Leningradi_Edasi_toimetus, lk 70
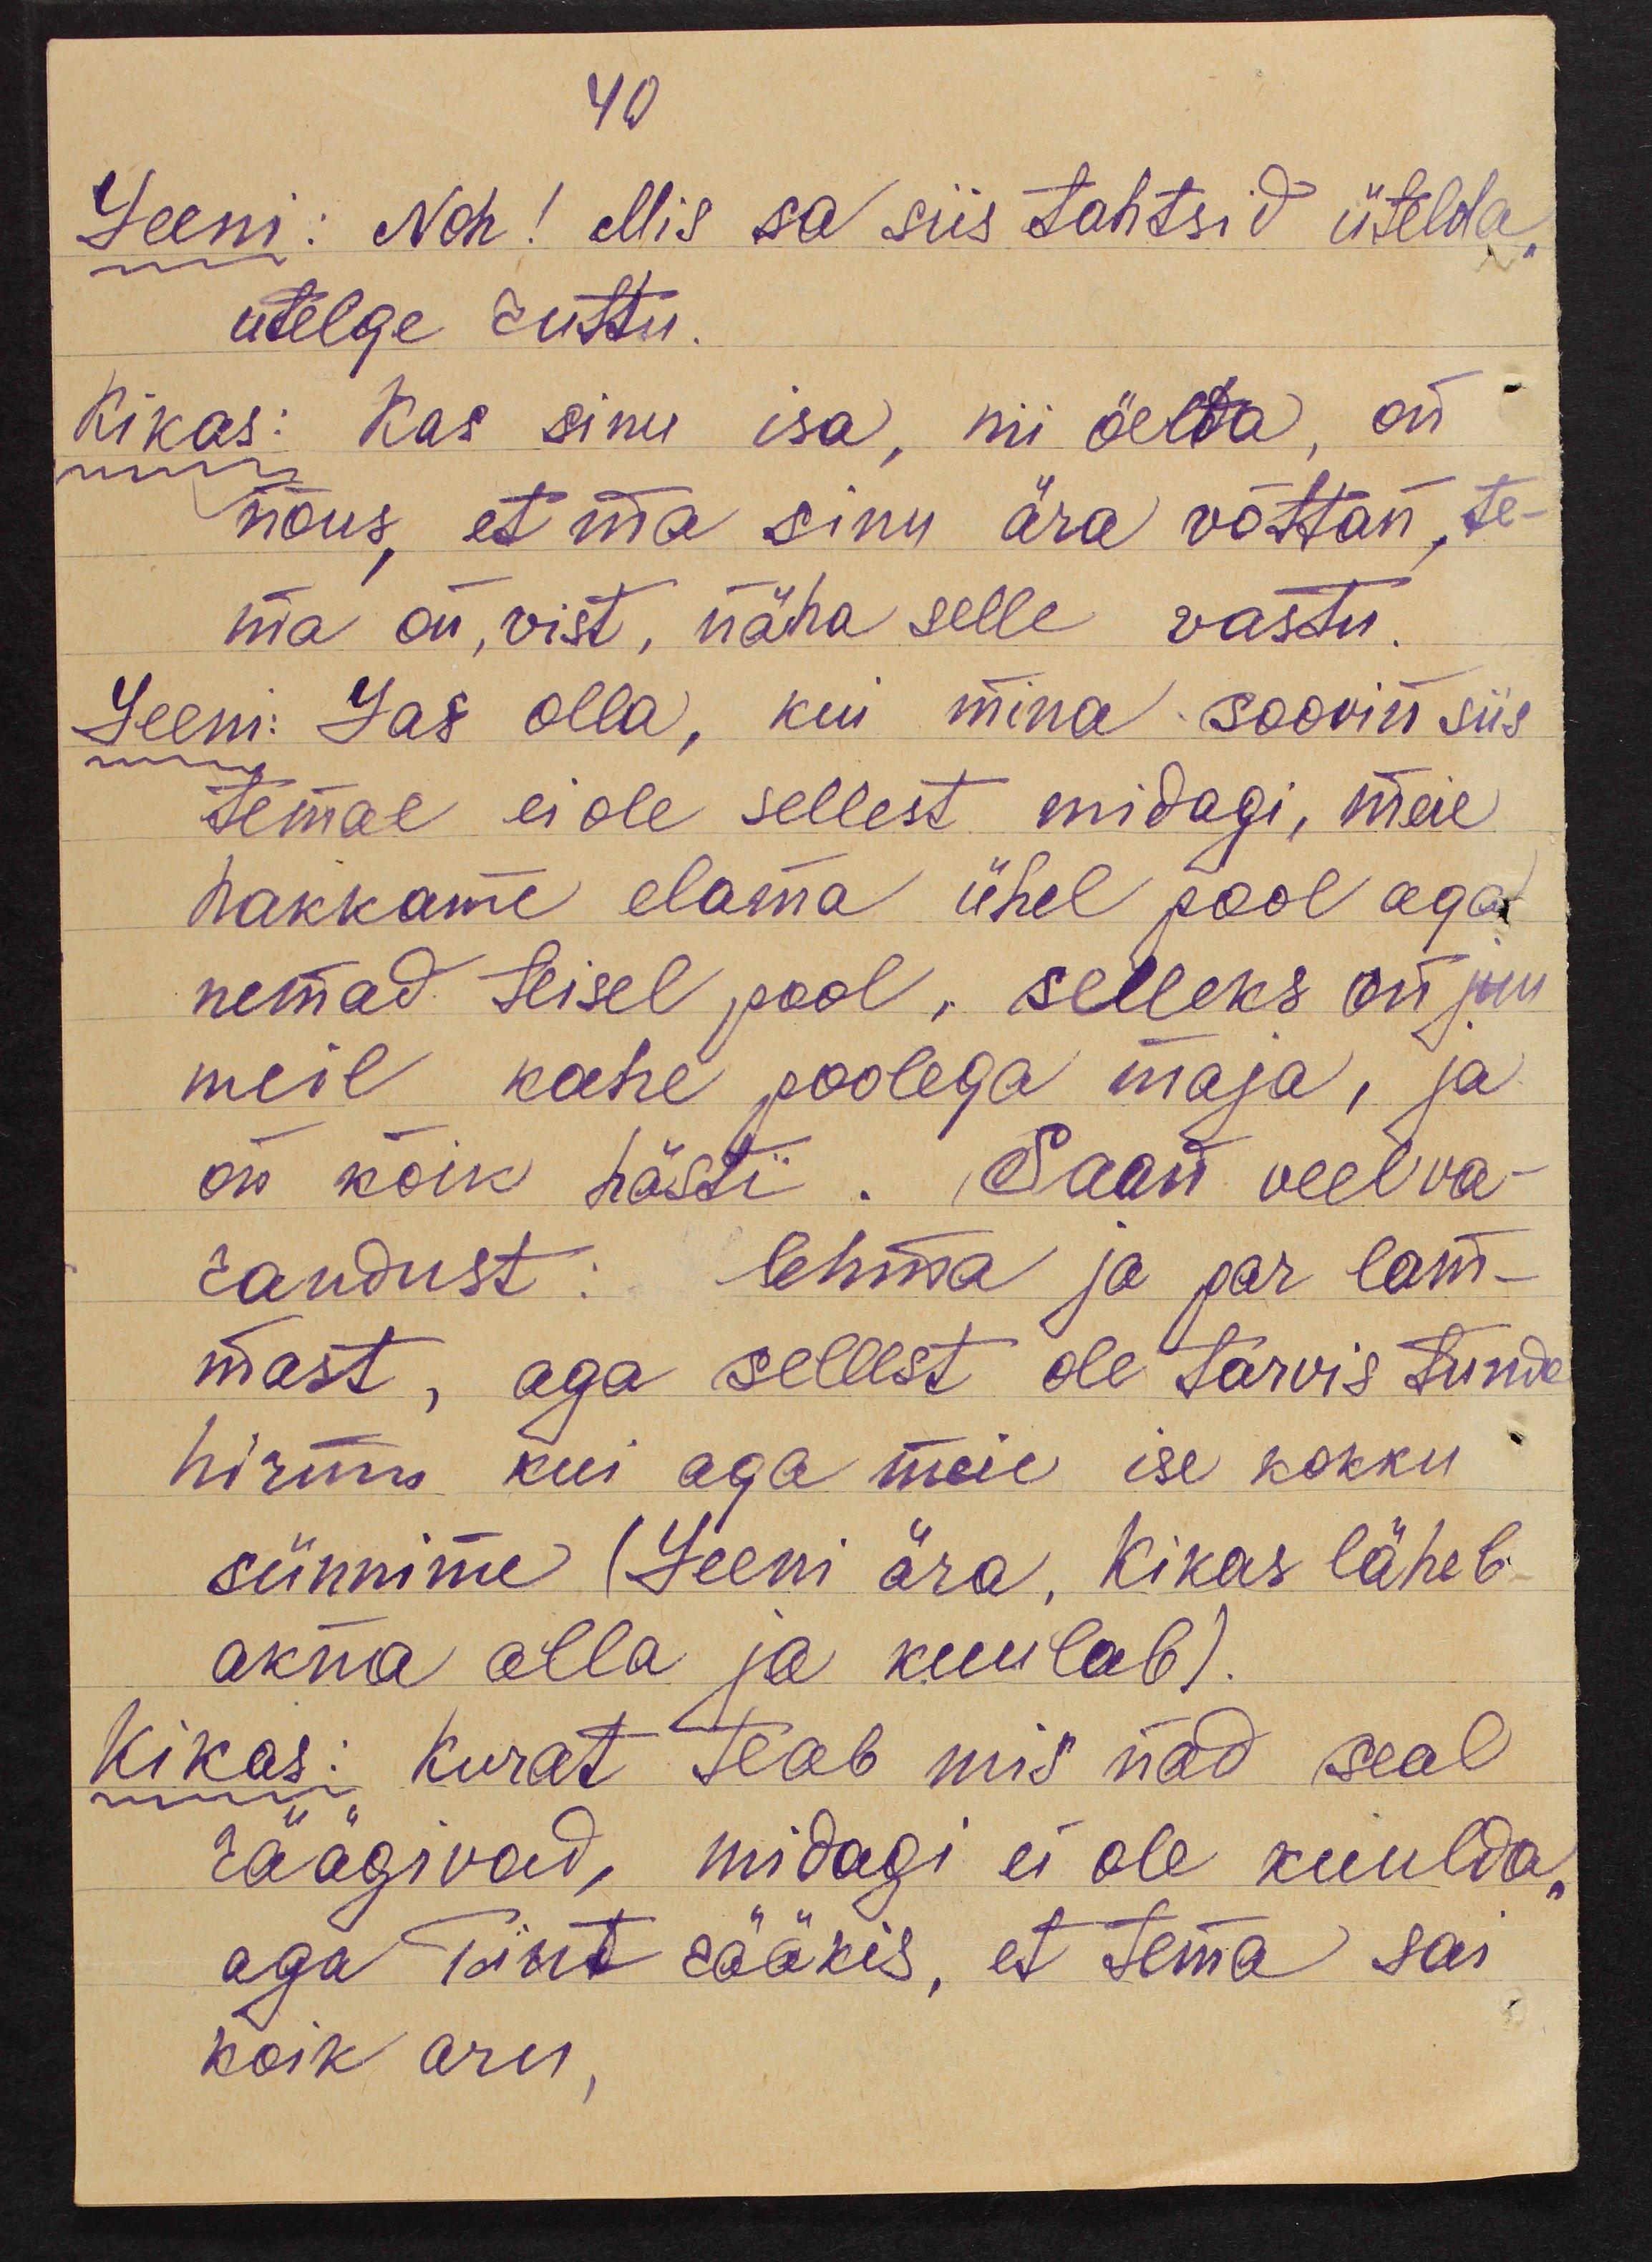
40
Leeni: Noh! Mis sa siis tahtsid ütelda,
utelge ruttu.
Kikas: Kas sinu isa, nii öelda, on
nõus, et ma sinu ära võttan, te-
ma on, vist, näha selle vastu.
Leeni: Las olla, kui mina soovin siis
temal ei ole sellest midagi, meie
hakkame elama ühel pool aga
nemad teisel pool, selleks on juu
meil kahe poolega maja, ja
on kõik hästi. Saan veel va-
randust: lehma ja par lam-
mast, aga sellest ole tarvis tunda
hirmu kui aga meie ise kokku
sünnime (Leeni ära, Kikas läheb
akna alla ja kuulab).
Kikas: Kurat teab mis nad seal
räägivad, midagi ei ole kuulda,
aga Tint rääkis, et tema sai
koik aru,